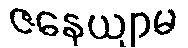
ဇနေယျာမ